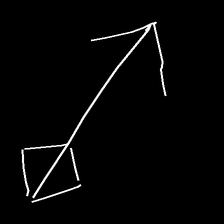
Glyph: focus